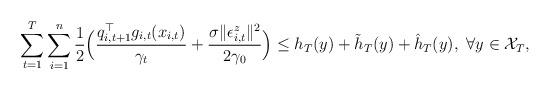
LaTeX: \begin{align*}&\sum_{t=1}^T\sum_{i=1}^n\frac{1}{2}\Big(\frac{q_{i,t+1}^\top g_{i,t}(x_{i,t})}{\gamma_t}+\frac{\sigma\|\epsilon^z_{i,t}\|^2}{2\gamma_0}\Big)\le h_T(y)+\tilde{h}_T(y)+\hat{h}_T(y),~\forall y\in\mathcal{X}_T,\end{align*}